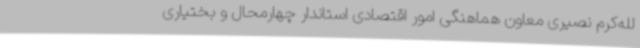
لله‌کرم نصیری معاون هماهنگی امور اقتصادی استاندار چهارمحال و بختیاری